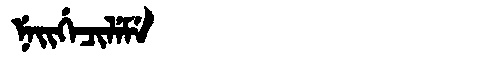
Manchu: ᠨᡝᡳᡤᡝᠴᡳᠯᡝᠮᡝ
Romanization: NEIGECILEME